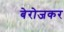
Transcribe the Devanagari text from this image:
बेरोजकर